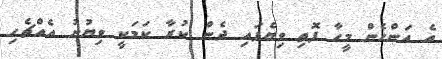
އެ އަންހެން މީހާ ފޮތި ވިޔެފައި ދެން ކުރާ ކަމަކީ ވިޔުނު އެއްޗެހި